Kassari_(Keina)_vallavalitsus, lk 14
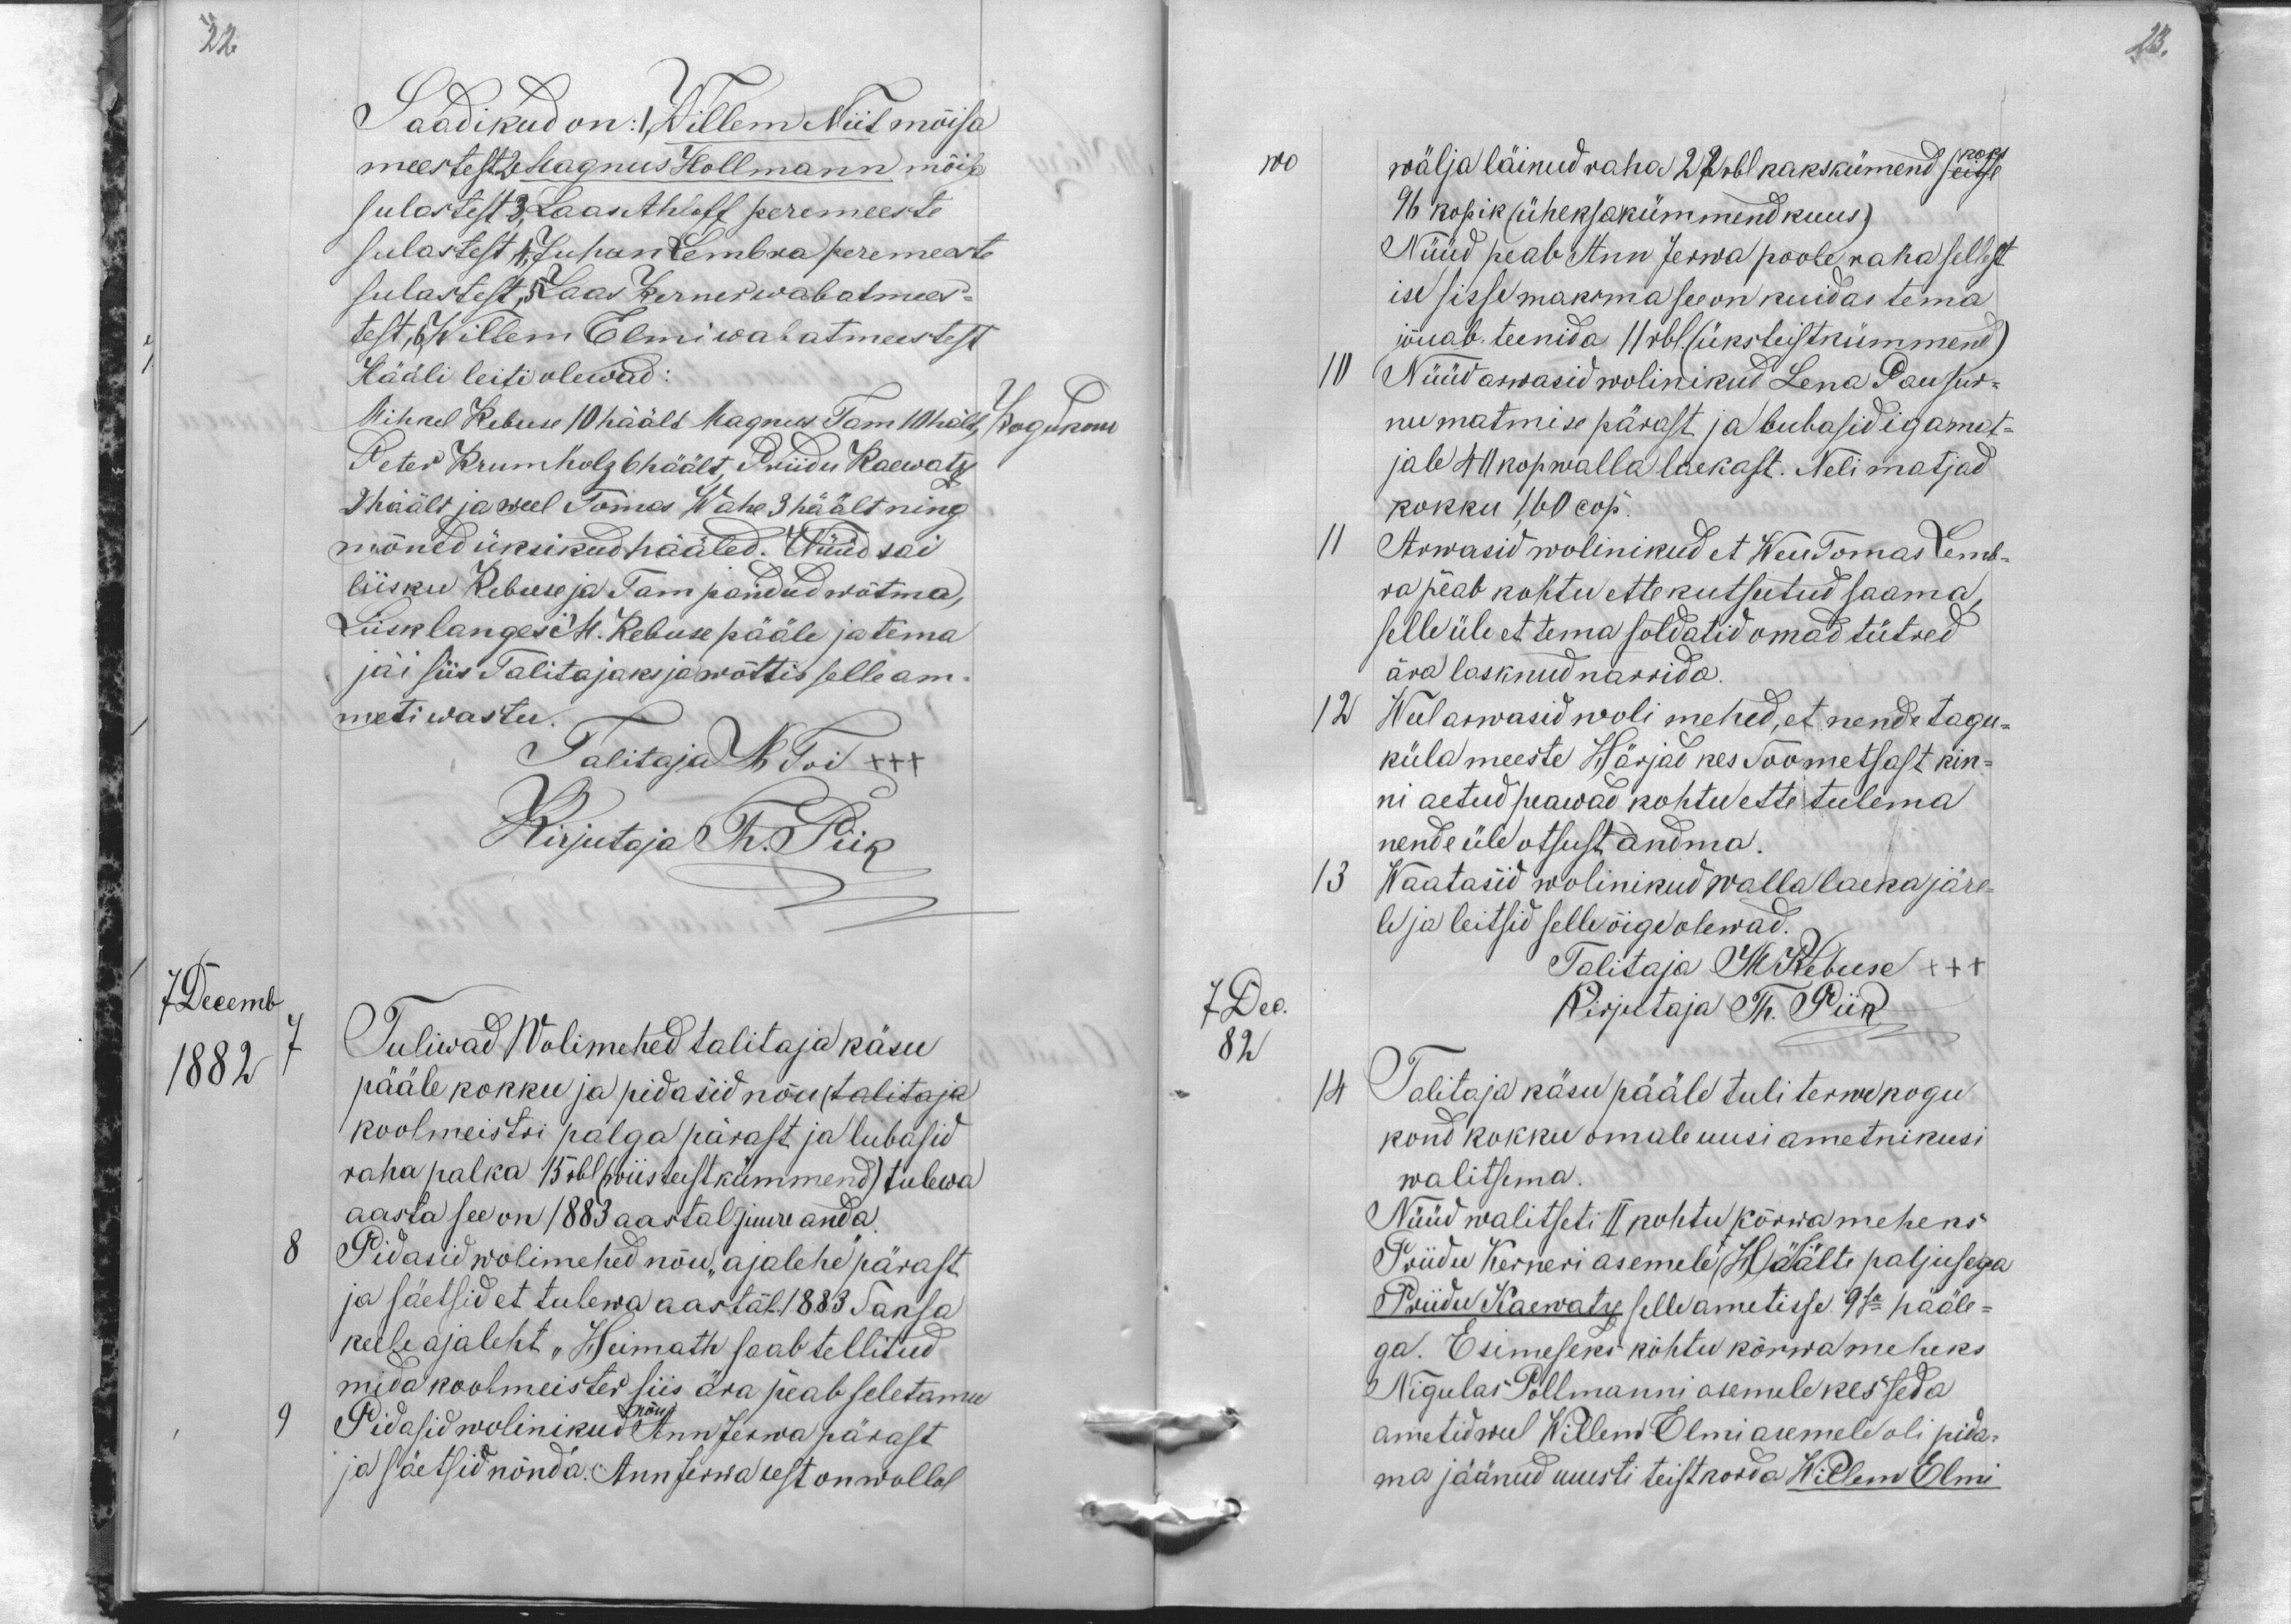
22

23.

Saadikud on: 1, Willem Niit mõisa
meestest 2 Magnus Hollmann mõisa
sulastest 3 Laas Ahloff peremeeste
sulastest 4 Juhan Lembra peremeeste
sulastest, 5 Laas Kerner wabatmees-
test 6. Willem Elmi wabatmeestest
Hääli leiti olewad:
Mihkel Kebuse 10 häält Magnus. Tam 10 hält,
Kogukonn
Peter Krumholz 6 häält, Priidu Kaewatz
2 häält ja weel Tomas Wahe 3 häälit ning
mõned üksikud hääled. Nüüd sai
liisku Rebase ja Tam pandud wõtma,
Liisk langes M. Rebase pääle ja tema
jäi siis Talitajaks ja wõttis selle am-
meti wastu.
Talitaja M Toi XXX
Kirjutaja Th. Piik
7 Decemb
1882
7
Tuliwad Wolimehed talitaja käsu
pääle kokku ja pidasid nõu(talitaja
koolmeistri palga pärast ja lubasid
raha palka 15 rbl (wiis teist kümmend) tulewa
aasta see on 1883 aastal juure anda.
8
Pidasid wolimehed nõu "ajalehe" pärast
ja säetsid et tulewa aastal 1883 Saksa
keele ajaleht "Heimath saab tellitud
mida koolmeister siis ära peab seletama
9
Pidasid wolinikud nõu Ann Jerwa pärast
ja säetsid nõnda. Ann Jerwa eest on wallal

100
wälja läinud raha 22 rbl kakskümend seitse kaks
96 kopik (üheksakümmend kuus)
Nüüd peab Ann Jerwa poole raha sellest
ise sisse maksma see on kuidas tema
jõuab teenida 11 rbl. (üksteistkümmend)
10
Nüüd arwasid wolinikud Lena Pau sur-
nu matmise pärast ja lubasid iga mat-
jale 40 kop walla laekast. Neli matjad
kokku 160 cop.
11
Arwasid wolinikud et Weu Tomas Lemb-
ra peab kohtu ette kutsutud saama,
selle üle et tema soldatid omad tütred
ära lasknud narrida.
12
Weel arwasid woli mehed, et nende tagu-
küla meeste Härjad kes Soometsast kin-
ni aetud peawad kohtu ette tulema
nende üle otsust andma.
13
Waatasid wolinikud walla laeka järe-
le ja leitsid selle õige olewad.
Talitaja M. Rebuse XXX
7 Dec
Kirjutaja Th. Piik
82
14
Talitaja käsu pääle tuli terwe kogu
kond kokku omale uusi ametnikusi
walitsema.
Nüüd walitseti II kohtu kõrwa meheks
Priidu Kerneri asemele (H)äälte paljusega
Priidu Kaewatz selle ametisse. 9sa hääle-
ga. Esimeseks kohtu kõrwa meheks
Nigulas Pollmanni asemele kes seda
ametid weel Willem Elmi asemele oli pida-
ma jäänud uuesti teistkorda Willem Elmi